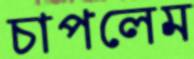
চাপলেম